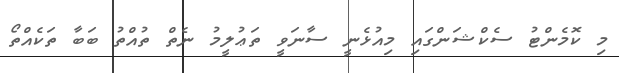
މި ކޮމެންޓު ސެކްޝަންގައި މިއުޅެނީ ސާނަވީ ތަޢުލީމު ނެތް ތުއްތު ބަބާ ތަކެއްތޯ